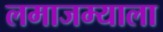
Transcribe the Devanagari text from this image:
लमाजम्याला